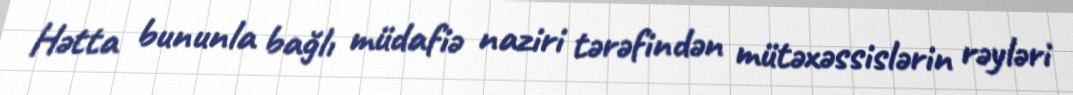
Hətta bununla bağlı müdafiə naziri tərəfindən mütəxəssislərin rəyləri